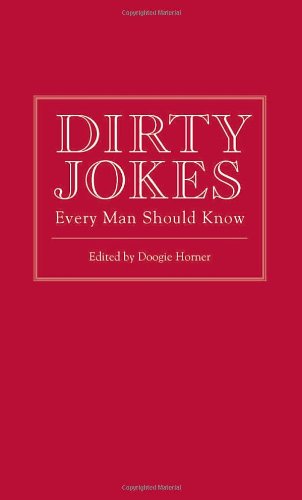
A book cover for Dirty Jokes Every Man Should Know (Pocket Companions); Humor & Entertainment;